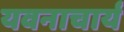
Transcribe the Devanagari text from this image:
यवनाचार्य